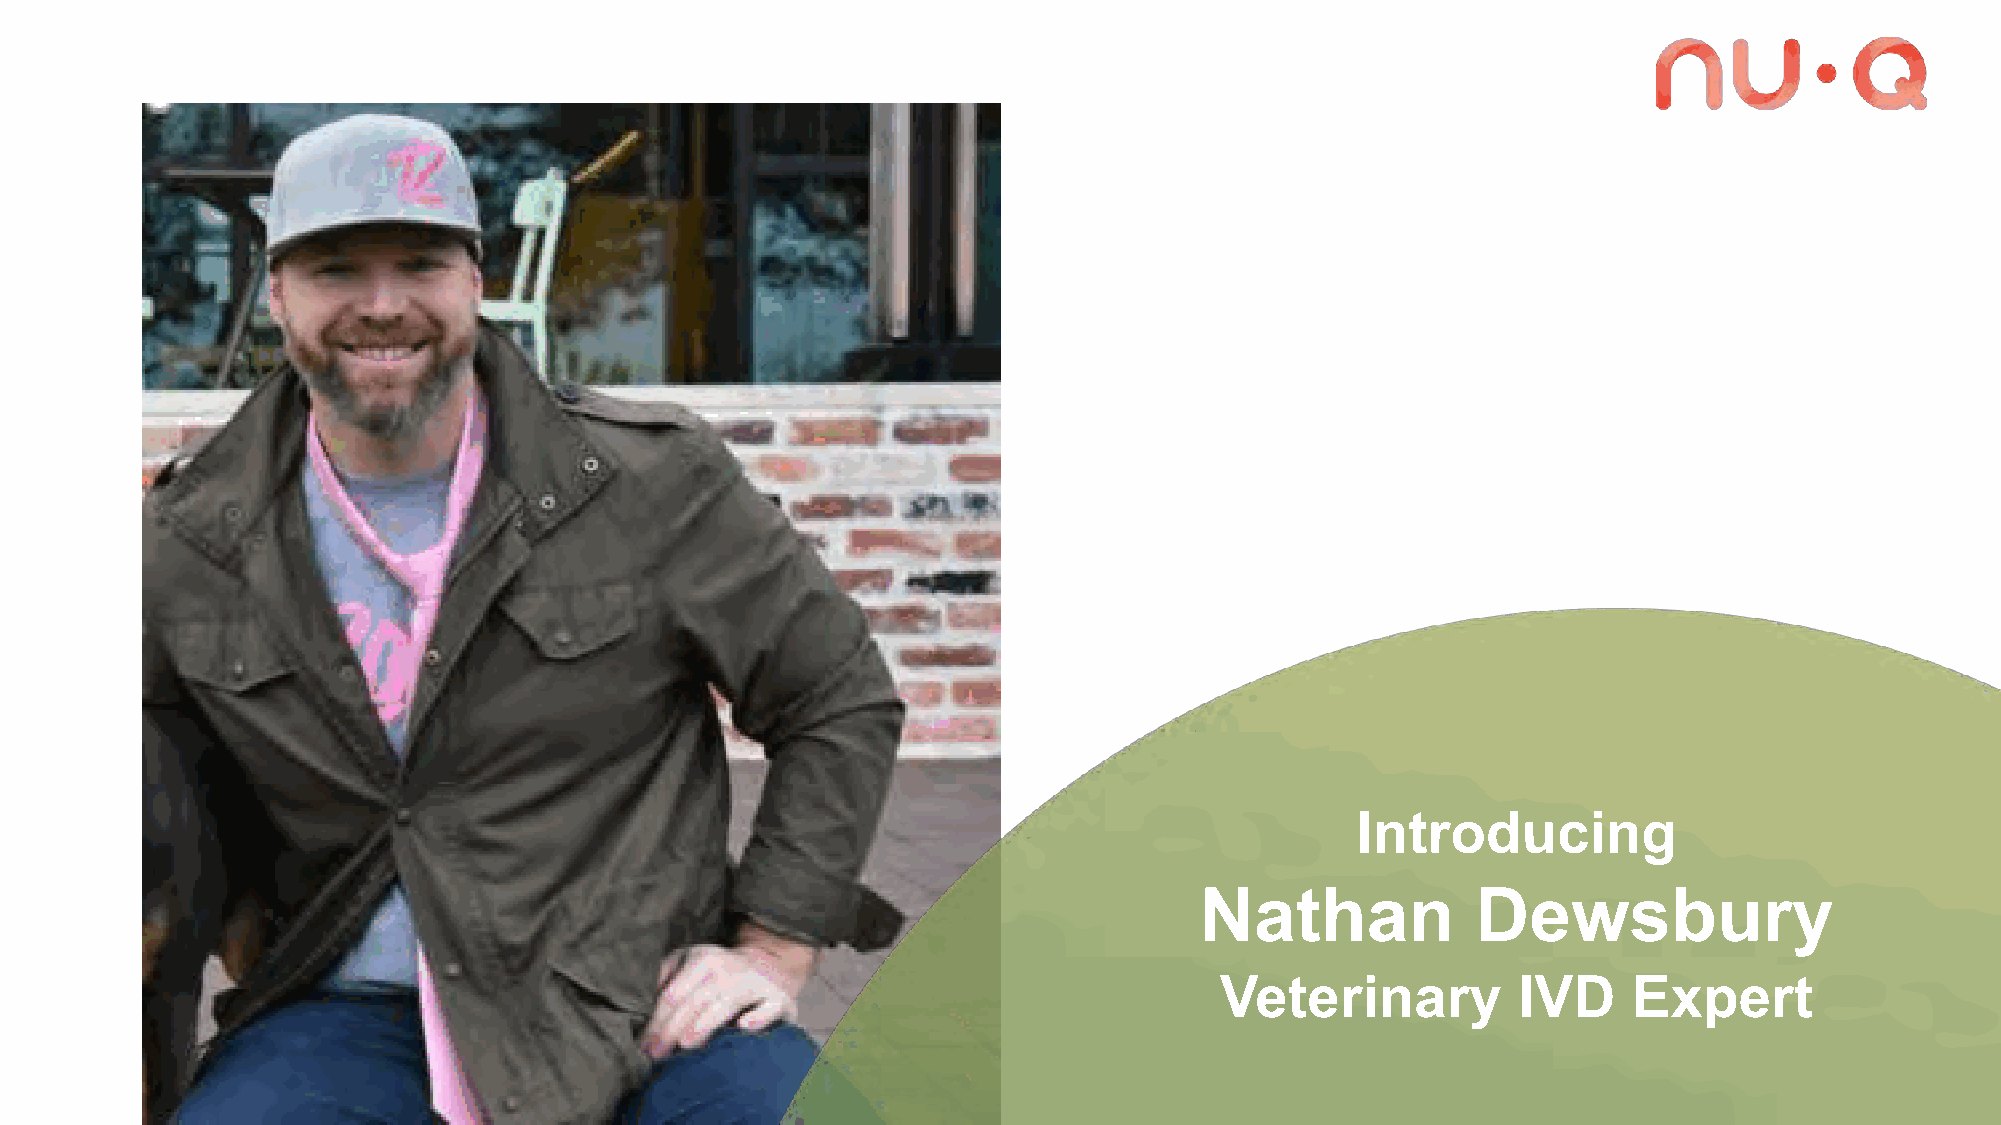
Introducing
 Nathan             Dewsbury
 Veterinary         IVD     Expert